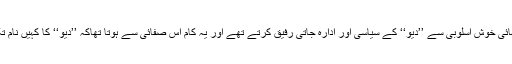
سارا کام انتہائی خوش اسلوبی سے ’’دیو‘‘ کے سیاسی اور ادارہ جاتی رفیق کرتے تھے اور یہ کام اس صفائی سے ہوتا تھاکہ ’’دیو‘‘ کا کہیں نام تک نہ آتا تھا۔